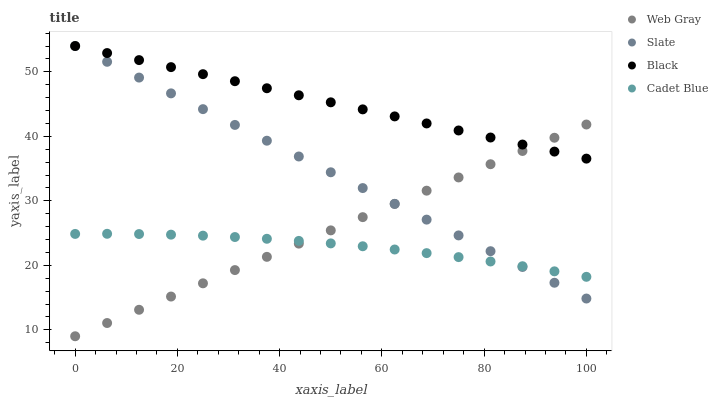
| xaxis_label | Web Gray | Slate | Black | Cadet Blue |
 | --- | --- | --- | --- | --- |
 | 0 | 9 | 54 | 54 | 24.9 |
 | 6.25 | 11.1 | 51.6 | 52.9 | 24.9 |
 | 12.5 | 13.1 | 49.1 | 51.8 | 24.8 |
 | 18.8 | 15.2 | 46.7 | 50.7 | 24.8 |
 | 25 | 17.2 | 44.2 | 49.6 | 24.6 |
 | 31.2 | 19.3 | 41.8 | 48.5 | 24.4 |
 | 37.5 | 21.3 | 39.3 | 47.5 | 24.1 |
 | 43.8 | 23.4 | 36.9 | 46.4 | 23.8 |
 | 50 | 25.4 | 34.4 | 45.3 | 23.4 |
 | 56.2 | 27.5 | 32 | 44.2 | 23 |
 | 62.5 | 29.5 | 29.5 | 43.1 | 22.4 |
 | 68.8 | 31.6 | 27.1 | 42 | 21.9 |
 | 75 | 33.6 | 24.6 | 40.9 | 21.3 |
 | 81.2 | 35.7 | 22.2 | 39.8 | 20.6 |
 | 87.5 | 37.7 | 19.7 | 38.7 | 19.9 |
 | 93.8 | 39.8 | 17.3 | 37.6 | 19.1 |
 | 100 | 41.8 | 14.8 | 36.5 | 18.2 |